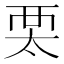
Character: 𧟧